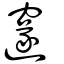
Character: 邃